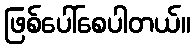
ဖြစ်ပေါ်စေပါတယ်။